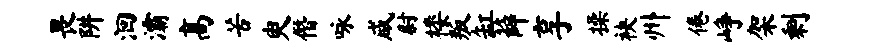
畏阱洄灞高苦臾僭咏咸尉楼叛缸薛享操袂州倦峥架剩